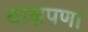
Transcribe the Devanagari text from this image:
वांझपणा